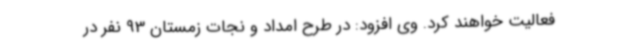
فعالیت خواهند کرد. وی افزود: در طرح امداد و نجات زمستان 93 نفر در